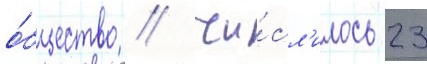
о́бщество / чи́сл'илось 23